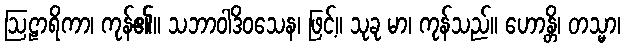
ဩဠာရိကာ၊ ကုန်၏။ သဘာဝါဒိဝသေန၊ ဖြင့်။ သုခု မာ၊ ကုန်သည်။ ဟောန္တိ၊ တသ္မာ၊